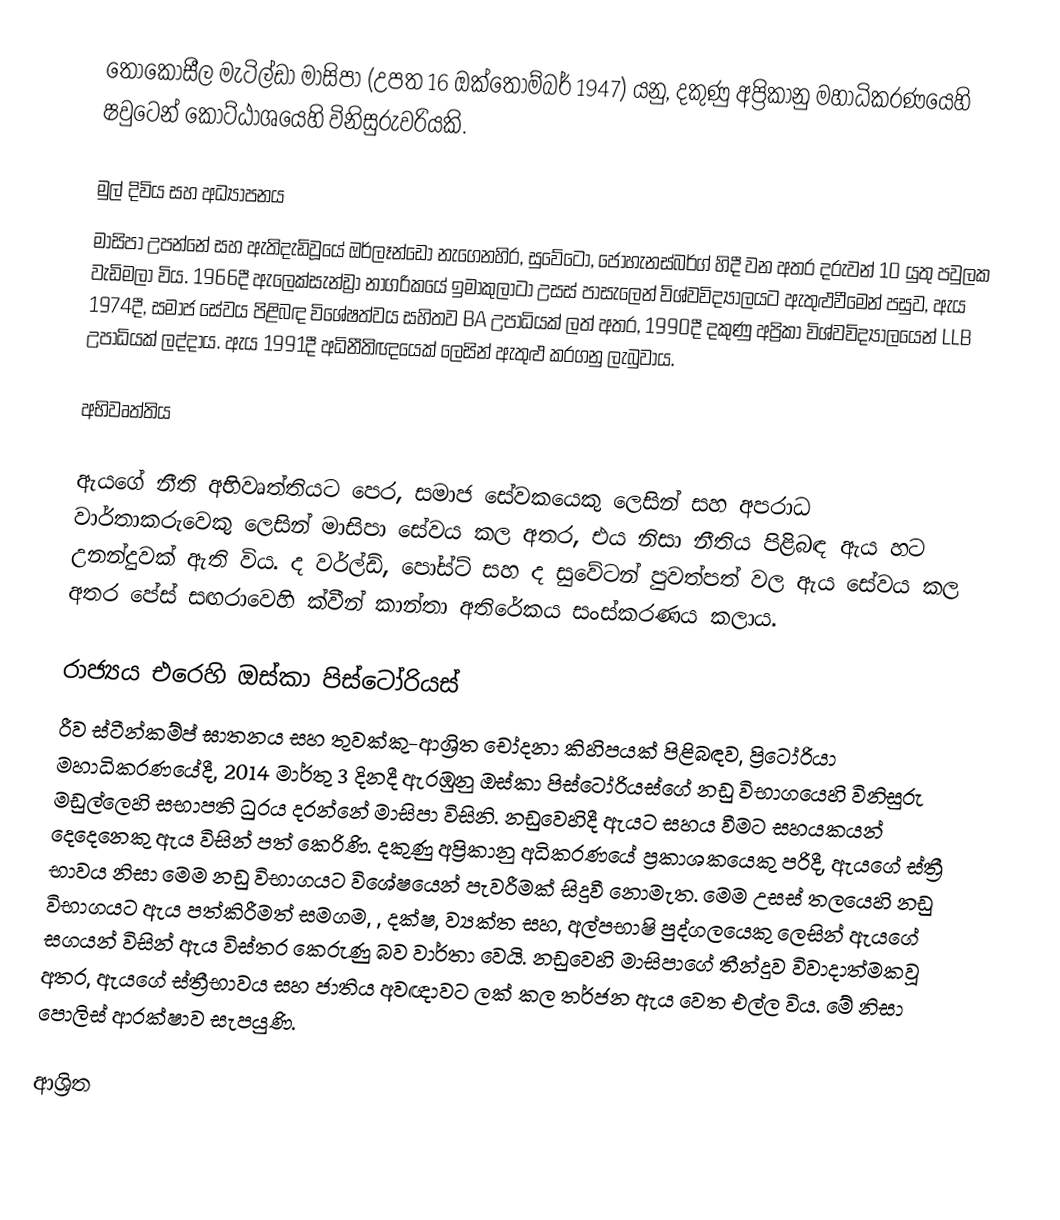
තොකෝසීල මැටිල්ඩා මාසිපා (උපත 16 ඔක්තොම්බර් 1947) යනු, දකුණු අප්‍රිකානු මහාධිකරණයෙහි   ෂවුටෙන් කොට්ඨාශයෙහි විනිසුරුවරියකි.

මුල් දිවිය සහ අධ්‍යාපනය
මාසිපා උපන්නේ සහ ඇතිදැඩිවූයේ  ඔර්ලෑන්ඩෝ නැගෙනහිර, සුවේටෝ, ජොහැනස්බර්ග් හිදී වන අතර දරුවන් 10 යුතු පවුලක වැඩිමලා විය. 1966දී ඇලෙක්සැන්ඩ්‍රා නාගරිකයේ  ඉමාකුලාටා උසස් පාසැලෙන්   විශ්වවිද්‍යාලයට ඇතුළුවීමෙන් පසුව,  ඇය 1974දී, සමාජ සේවය පිළිබඳ විශේෂත්වය සහිතව BA උපාධියක් ලත් අතර, 1990දී  දකුණු අප්‍රිකා විශ්වවිද්‍යාලයෙන්  LLB උපාධියක් ලද්දාය. ඇය 1991දී  අධිනීතිඥයෙක් ලෙසින් ඇතුළු කරගනු ලැබුවාය.

අභිවෘත්තිය

ඇයගේ නීති අභිවෘත්තියට පෙර, සමාජ සේවකයෙකු ලෙසින් සහ අපරාධ වාර්තාකරුවෙකු ලෙසින් මාසිපා සේවය කල අතර, එය නිසා නීතිය පිළිබඳ ඇය හට උනන්දුවක් ඇති විය.  ද වර්ල්ඩ්, පෝස්ට් සහ ද සුවේටන් පුවත්පත් වල ඇය සේවය කල අතර  පේස් සඟරාවෙහි ක්වීන් කාන්තා අතිරේකය සංස්කරණය කලාය.

රාජ්‍යය එරෙහි ඔස්කා පිස්ටෝරියස්
රීව ස්ටීන්කම්ප් ඝාතනය සහ තුවක්කු-ආශ්‍රිත චෝදනා කිහිපයක් පිළිබඳව,  ප්‍රිටෝරියා මහාධිකරණයේදී,  2014 මාර්තු 3 දිනදී ඇරඹුනු  ඔස්කා පිස්ටෝරියස්ගේ නඩු විභාගයෙහි විනිසුරු මඩුල්ලෙහි සභාපති ධුරය දරන්නේ මාසිපා විසිනි. නඩුවෙහිදී ඇයට සහය වීමට සහයකයන් දෙදෙනෙකු ඇය විසින් පත් කෙරිණි. දකුණු අප්‍රිකානු අධිකරණයේ ප්‍රකාශකයෙකු පරිදී, ඇයගේ ස්ත්‍රී භාවය නිසා මෙම නඩු විභාගයට විශේෂයෙන් පැවරීමක් සිදුවී නොමැත. මෙම උසස් තලයෙහි නඩු විභාගයට ඇය පත්කිරීමත් සමගම, , දක්ෂ, ව්‍යක්ත සහ, අල්පභාෂි පුද්ගලයෙකු ලෙසින්  ඇයගේ සගයන් විසින් ඇය විස්තර කෙරුණු බව වාර්තා වෙයි. නඩුවෙහි මාසිපාගේ තීන්දුව විවාදාත්මකවූ අතර, ඇයගේ ස්ත්‍රීභාවය සහ ජාතිය අවඥාවට ලක් කල තර්ජන ඇය වෙත එල්ල විය. මේ නිසා පොලිස් ආරක්ෂාව සැපයුණි.

ආශ්‍රිත